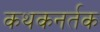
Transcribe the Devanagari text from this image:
कथकनर्तक